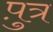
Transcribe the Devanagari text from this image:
प़ुत्र